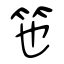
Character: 竾